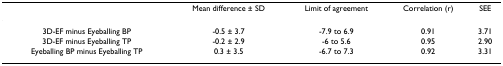
|  | Mean difference ± SD | Limit of agreement | Correlation (r) | SEE |
 | --- | --- | --- | --- | --- |
 | 3D-EF minus Eyeballing BP | -0.5 ± 3.7 | -7.9 to 6.9 | 0.91 | 3.71 |
 | 3D-EF minus Eyeballing TP | -0.2 ± 2.9 | -6 to 5.6 | 0.95 | 2.90 |
 | Eyeballing BP minus Eyeballing TP | 0.3 ± 3.5 | -6.7 to 7.3 | 0.92 | 3.31 |